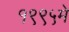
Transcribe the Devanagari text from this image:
१९९५मे